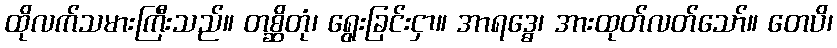
ထိုလက်သမားကြီးသည်။ တစ္ဆိတုံ၊ ရွေးခြင်းငှာ။ အာရဒ္ဓေ၊ အားထုတ်လတ်သော်။ တေပိ၊